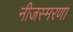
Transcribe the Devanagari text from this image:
नीजस्मरणा